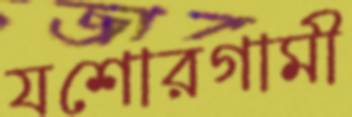
যশোরগামী